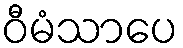
ဝီမံသာပေ